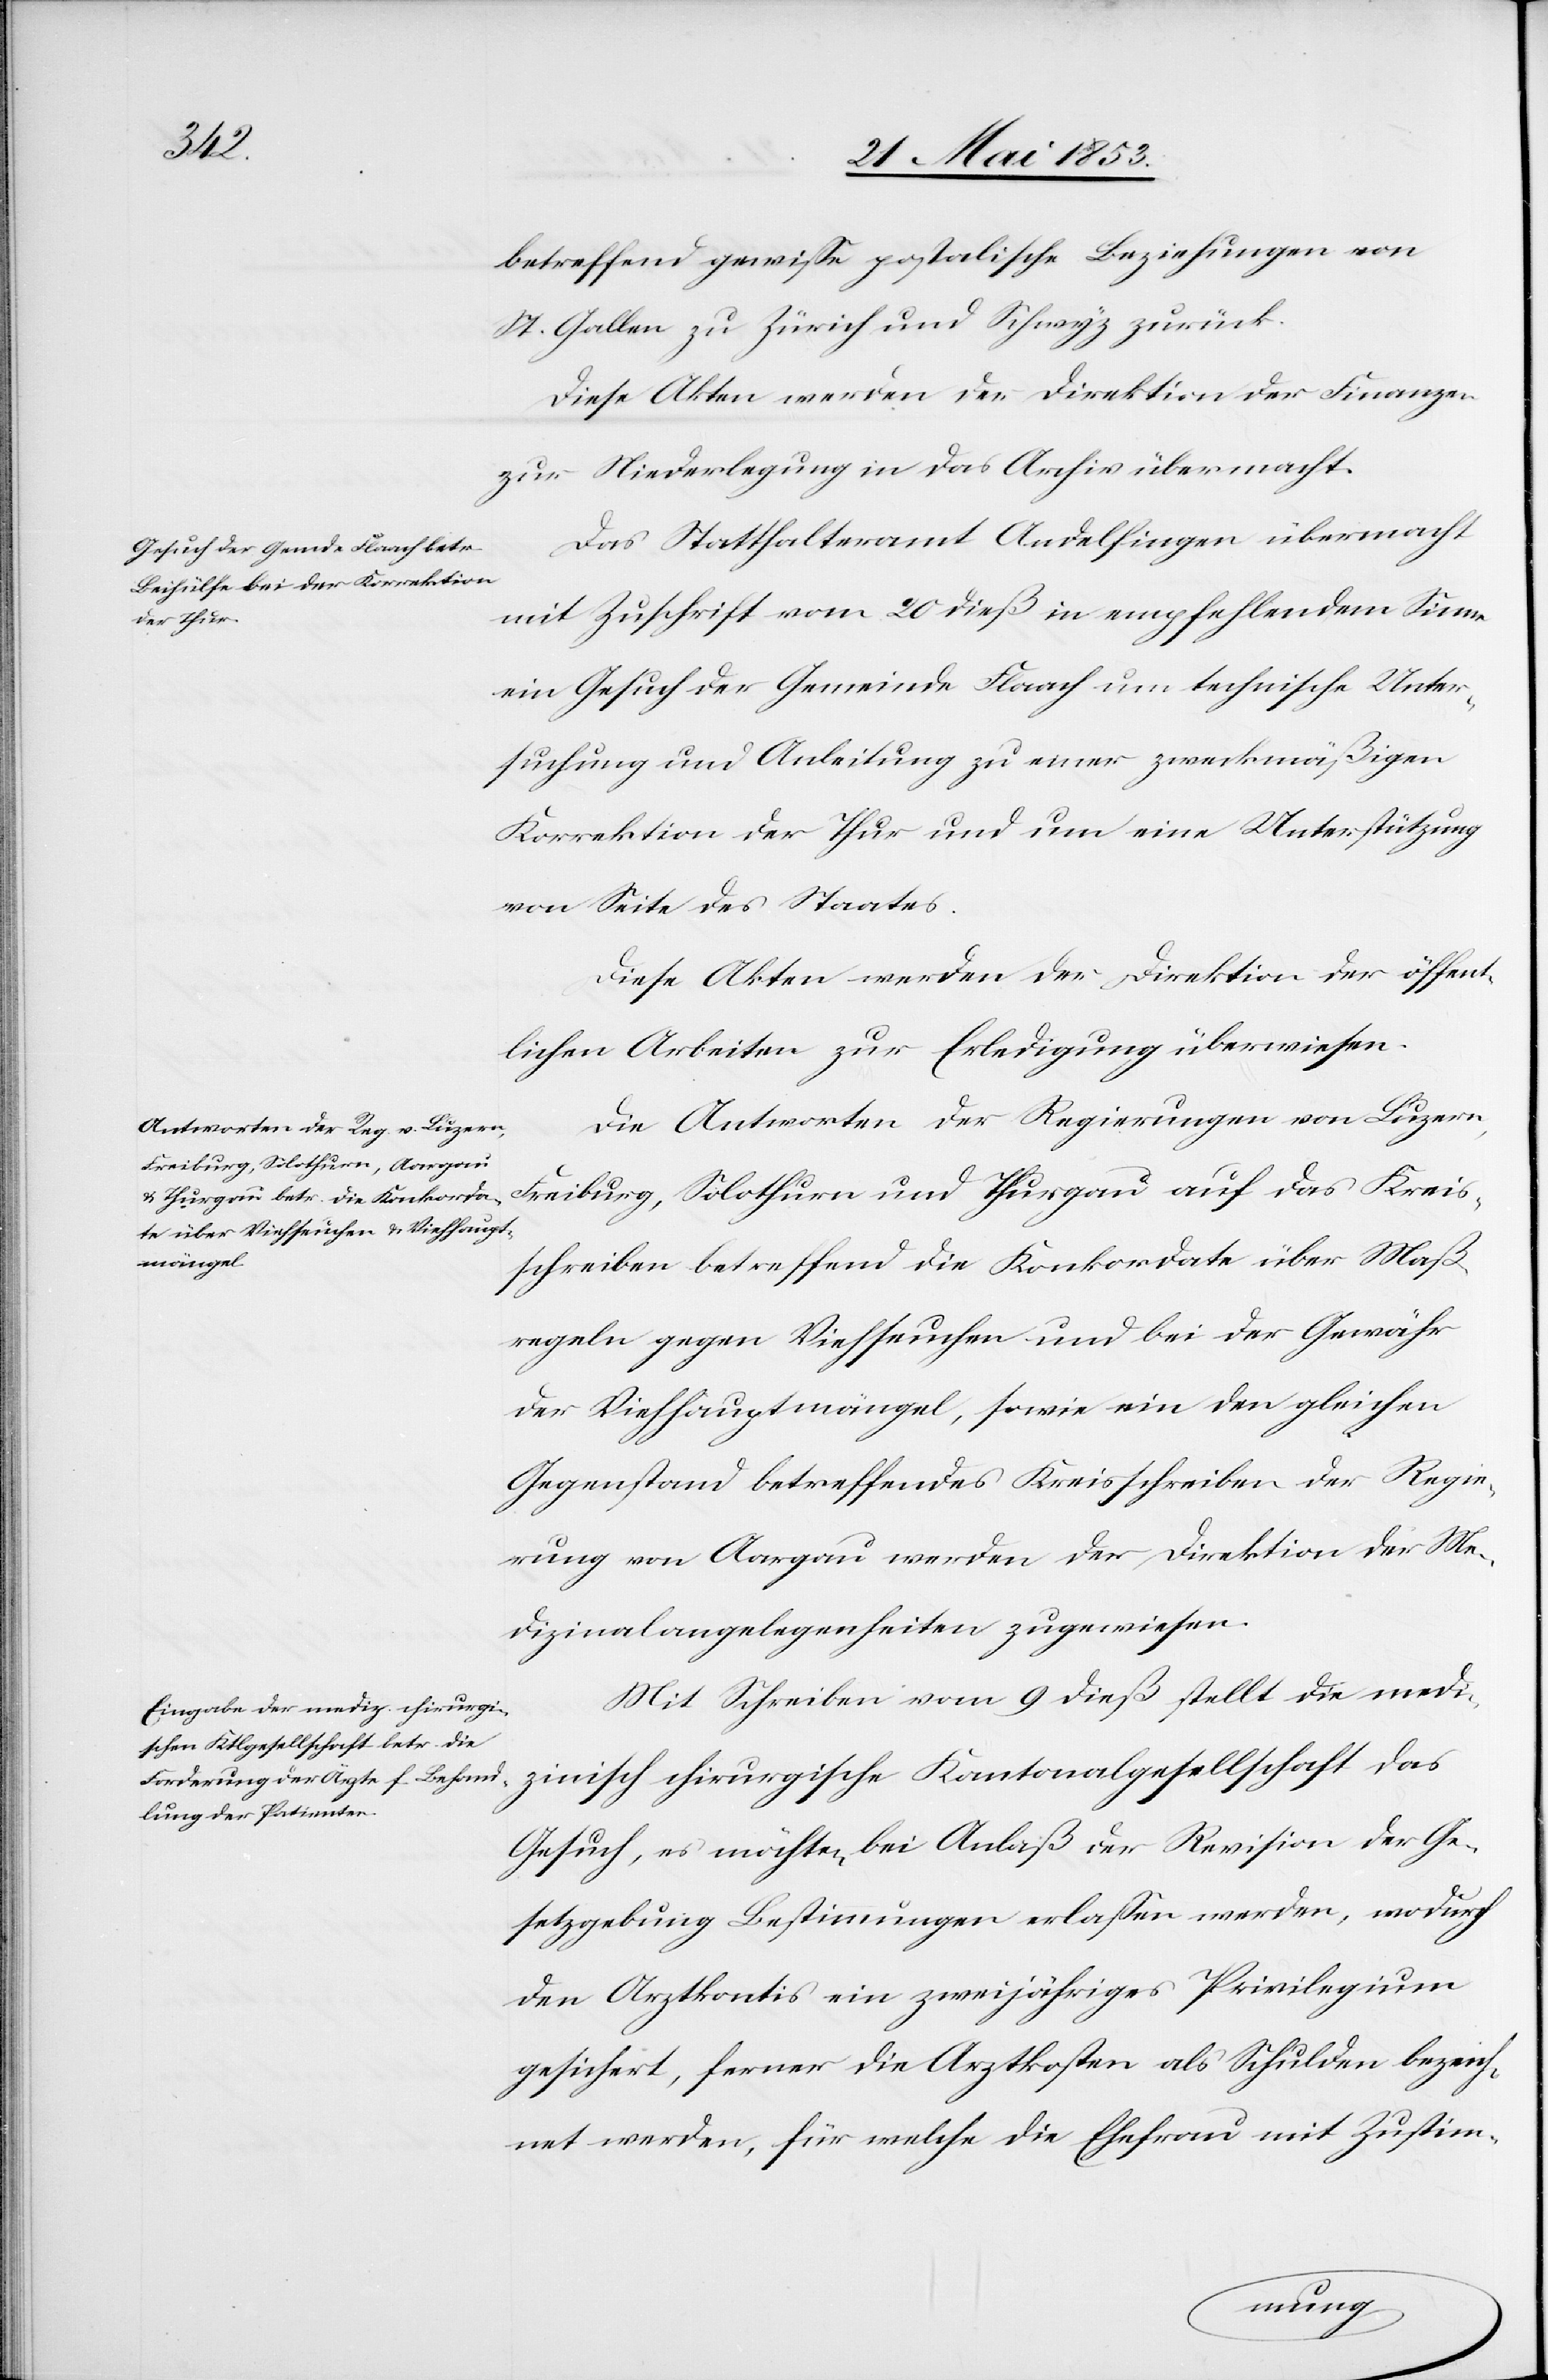
betreffend gewiße postalische Beziehungen von
St. Gallen zu Zürich und Schwyz zurück.
Diese Akten werden der Direktion der Finanzen
zur Niederlegung in das Archiv übermacht.
Das Statthalteramt Andelfingen übermacht
mit Zuschrift vom 20 dieß in empfehlendem Sinne
ein Gesuch der Gemeinde Flaach um technische Unter¬
suchung und Anleitung zu einer zweckmäßigen
Korrektion der Thur und um eine Unterstützung
von Seite des Staates.
Diese Akten werden der Direktion der öffent¬
lichen Arbeiten zur Erledigung überwiesen.
Die Antworten der Regierungen von Luzern,
Freiburg, Solothurn und Thurgau auf das Kreis¬
schreiben betreffend die Konkordate über Maß¬
regeln gegen Viehseuchen und bei der Gewähr
der Viehhauptmängel, sowie ein den gleichen
Gegenstand betreffendes Kreisschreiben der Regie¬
rung von Aargau werden der Direktion der Me¬
dizinalangelegenheiten zugewiesen.
Mit Schreiben vom 9 dieß stellt die medi¬
zinisch chirurgische Kantonalgesellschaft das
Gesuch, es möchten bei Anlaß der Revision der Ge¬
setzgebung Bestimmungen erlaßen werden, wodurch
den Arztkontis ein zweijähriges Privilegium
gesichert, ferner die Arztkosten als Schulden bezeich¬
net werden, für welche die Ehefrau mit Zustim-